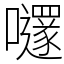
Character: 嚺